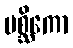
မစ္ဆိကော